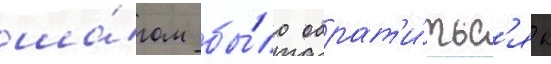
ша́гом бы́ло обрат'и́тьс'я к